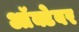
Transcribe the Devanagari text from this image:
आॅक्टेबर